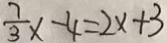
\frac { 7 } { 3 } x - 4 = 2 x + 3